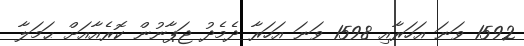
1592 ވަނަ އަހަރާއި 1598 ވަނަ އަހަރާ ދެމެދު ޖަޕާނުން ކޮރެއާއަށް ޙަމަލާ